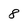
Character: 8